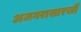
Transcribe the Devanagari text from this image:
अजगरासारखी